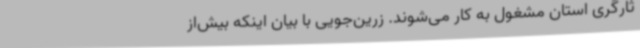
ثارگری استان مشغول به کار می‌شوند. زرین‌جویی با بیان اینکه بیش‌از